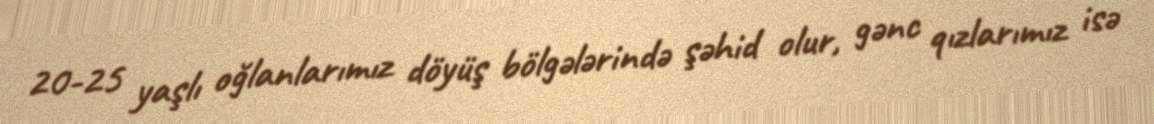
20-25 yaşlı oğlanlarımız döyüş bölgələrində şəhid olur, gənc qızlarımız isə